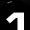
Digit: 1